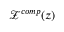
\mathcal { Z } ^ { c o m p } ( z )